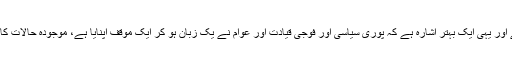
انہوں نے کہا کہ نواز شریف کا امریکہ کے لیے بیان بہت خوش آئند ہے یہی اس وقت کی ضرورت ہے اور یہی ایک بہتر اشارہ ہے کہ پوری سیاسی اور فوجی قیادت اور عوام نے یک زبان ہو کر ایک موقف اپنایا ہے، موجودہ حالات کا تقاضا ہے کہ ہمیں ایک ہونے کی ضرورت ہے اور ہمیں ایک ہو کر ہی تمام چیلنجز کا سامنا کرنا ہے۔